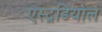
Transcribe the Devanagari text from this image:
एस्ट्रडियोल